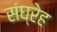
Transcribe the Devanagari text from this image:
संघ्रेह